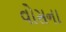
વોસના